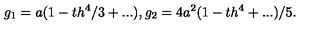
g _ { 1 } = a ( 1 - t h ^ { 4 } / 3 + . . . ) , g _ { 2 } = 4 a ^ { 2 } ( 1 - t h ^ { 4 } + . . . ) / 5 .